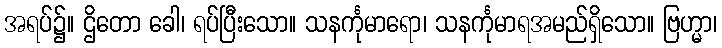
အရပ်၌။ ဌိတော ခေါ၊ ရပ်ပြီးသော။ သနင်္ကုမာရော၊ သနင်္ကုမာရအမည်ရှိသော။ ဗြဟ္မာ၊